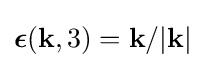
{\boldsymbol {\epsilon }}(\mathbf {k} ,3)=\mathbf {k} /|\mathbf {k} |